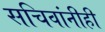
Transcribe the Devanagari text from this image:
सचिवांनीही